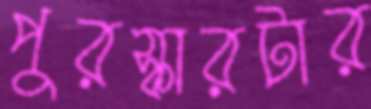
পুরস্কারটার